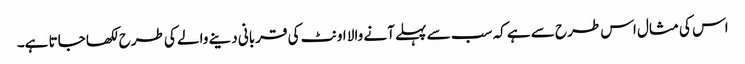
اس کی مثال اس طرح سے ہے کہ سب سے پہلے آنے والا اونٹ کی قربانی دینے والے کی طرح لکھا جاتا ہے۔